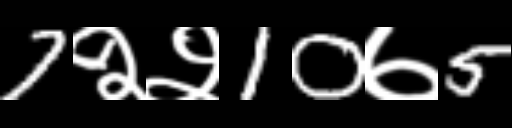
Text: 7२२10७5